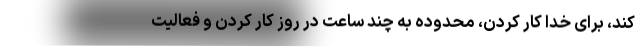
کند، برای خدا کار کردن، محدوده به چند ساعت در روز کار کردن و فعالیت